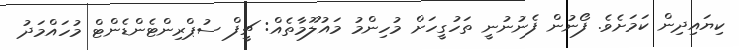
ކިޔައިދިން ކަމަށެވެ. ފޯނުން ފެނުނުނީ ތަހުގީހަށް މުހިންމު މައުލޫމާތެއް: ޗީފް ސުޕްރިންޓެންޑެންޓް މުހައްމަދު